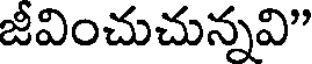
జీవించుచున్నవి"